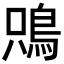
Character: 𩿦